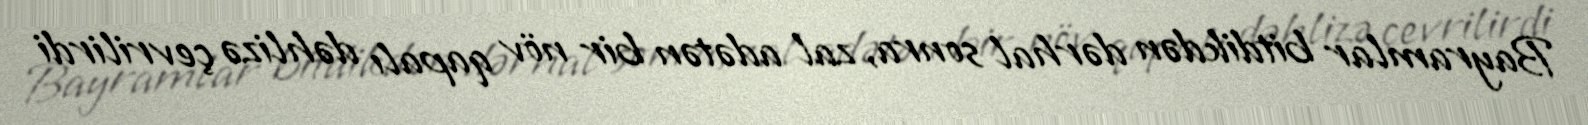
Bayramlar bitdikdən dərhal sonra, zal adətən bir növ qapalı dəhlizə çevrilirdi